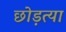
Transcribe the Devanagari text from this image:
छोड़त्या